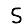
Digit: 5